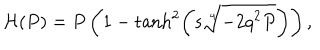
{ \cal H } ( P ) = P \left( 1 - \tanh ^ { 2 } \left( s \sqrt [ [object Object] ] ] { - 2 q ^ { 2 } P } \right) \right) ,